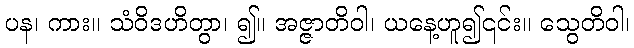
ပန၊ ကား။ သံဝိဒဟိတွာ၊ ၍။ အဇ္ဇာတိဝါ၊ ယနေ့ဟူ၍၎င်း။ သွေတိဝါ၊